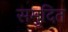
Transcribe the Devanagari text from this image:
समुदित